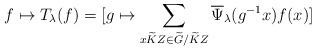
LaTeX: \begin{align*}f\mapsto T_{\lambda}(f)=[g\mapsto\sum_{x \widetilde{K}Z\in \widetilde{G}/\widetilde{K}Z}\overline{\Psi}_{\lambda}(g^{-1}x)f(x)]\end{align*}